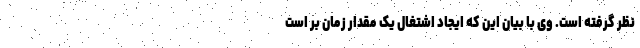
نظر گرفته است. وی با بیان این که ایجاد اشتغال یک مقدار زمان بر است